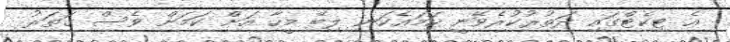
އެ ޓިކެޓްގައި ދަތުރުކުރެވޭނީ ހަމައެކަނި ލިބޭ މީހާ އަށް ކަމަށް ވެސް ގަތަރު